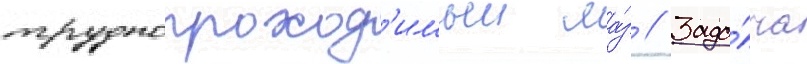
труднопроход'имыи ла́з // Зада́ча